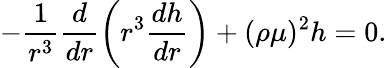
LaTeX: -\frac{1}{r^{3}}\frac{d}{dr}\left(r^{3}\frac{dh}{dr}\right)+(\rho\mu)^{2}h=0.